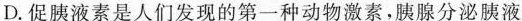
D.促胰液素是人们发现的第一种动物激素，胰腺分泌胰液